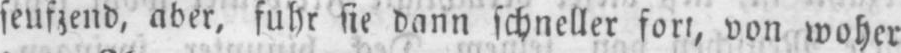
seufzend, aber, fuhr sie dann schneller fort, von woher